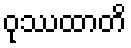
ဝုဿထာတိ